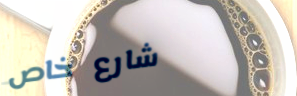
شارع خاص